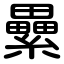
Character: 纍